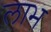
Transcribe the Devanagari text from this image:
लाभ्‍ा